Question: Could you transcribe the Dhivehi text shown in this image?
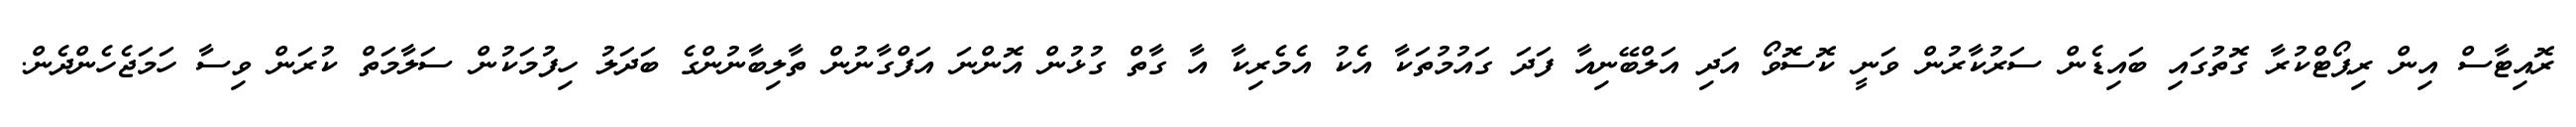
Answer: ރޮއިޓާސް އިން ރިޕޯޓްކުރާ ގޮތުގައި ބައިޑެން ސަރުކާރުން ވަނީ ކޮސޮވޯ އަދި އަލްބޭނިއާ ފަދަ ގައުމުތަކާ އެކު އެމެރިކާ އާ ގާތް ގުޅުން އޮންނަ އަފްގާނުން ތާލިބާނުންގެ ބަދަލު ހިފުމަކުން ސަލާމަތް ކުރަން ވިސާ ހަމަޖެހެންދެން.